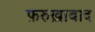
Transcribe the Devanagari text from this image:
फ़रुख़ाबाद